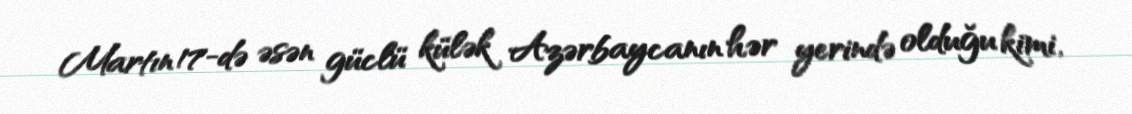
Martın 17-də əsən güclü külək Azərbaycanın hər yerində olduğu kimi,